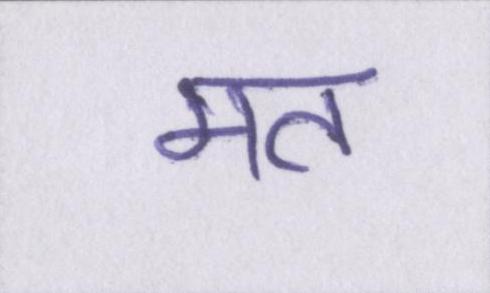
मत